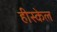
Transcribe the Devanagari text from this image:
हीस्केल